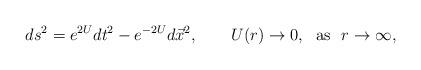
LaTeX: \begin{align*}ds^2=e^{2U}dt^2 - e^{-2U}d\vec{x}^2, \ \ \ \ \ \ U(r)\to 0, \ \ {\rm as}\ \ r\to\infty, \end{align*}